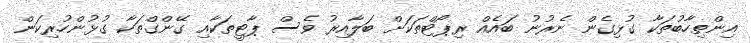
އިންތިހާބުތަކާ ގުޅިގެން ނެރުނު ބައެއް ރިޕޯޓްތަކަށް ބަލާއިރު ވެސް ޕާޓީތަކާއި ގޭންގްތަކާ ގުޅުންހުރިކަން